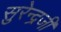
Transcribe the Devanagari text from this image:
सुरेन्द्रजी